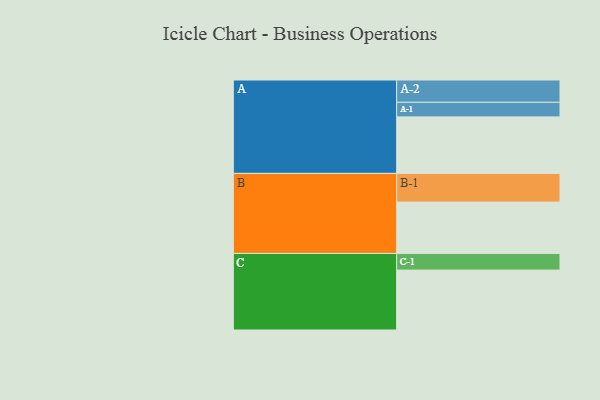
{"axis": {"x": "Segment", "y": "Value"}, "legend": ["", "A", "B", "C"], "data": [{"x": "A", "y": 550, "type": ""}, {"x": "B", "y": 500, "type": ""}, {"x": "C", "y": 583, "type": ""}, {"x": "A-1", "y": 142, "type": "A"}, {"x": "A-2", "y": 217, "type": "A"}, {"x": "B-1", "y": 279, "type": "B"}, {"x": "C-1", "y": 162, "type": "C"}]}